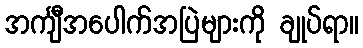
အင်္ကျီအပေါက်အပြဲများကို ချုပ်ရာ။